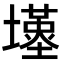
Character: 𡒣